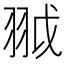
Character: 䎀